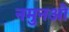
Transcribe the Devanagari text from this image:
नमुनओ